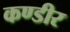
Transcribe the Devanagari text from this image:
कण्डीर